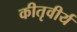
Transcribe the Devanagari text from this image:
कीतृवीर्य